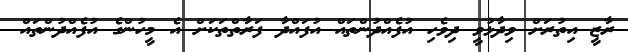
ރާޒީ އިތުރަށް ވިދާޅުވީ ދިވެހި އުފެއްދުންތައް އުފައްދާ ފަރާތްތަކަށް އެ މީހުންގެ އުފެއްދުންތައް